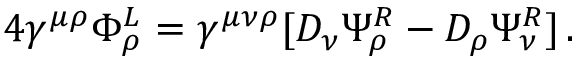
4 \gamma ^ { \mu \rho } \Phi _ { \rho } ^ { L } = \gamma ^ { \mu \nu \rho } [ D _ { \nu } \Psi _ { \rho } ^ { R } - D _ { \rho } \Psi _ { \nu } ^ { R } ] \, .